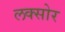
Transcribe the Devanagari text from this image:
लक्सोर